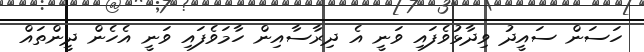
ހަސަން ސައީދު ވިދާޅުވެފައި ވަނީ އެ ދިރާސާއިން ހާމަވެފައި ވަނީ އެހެން ދީންތައް